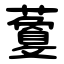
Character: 藑